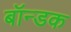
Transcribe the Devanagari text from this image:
बॉन्डक